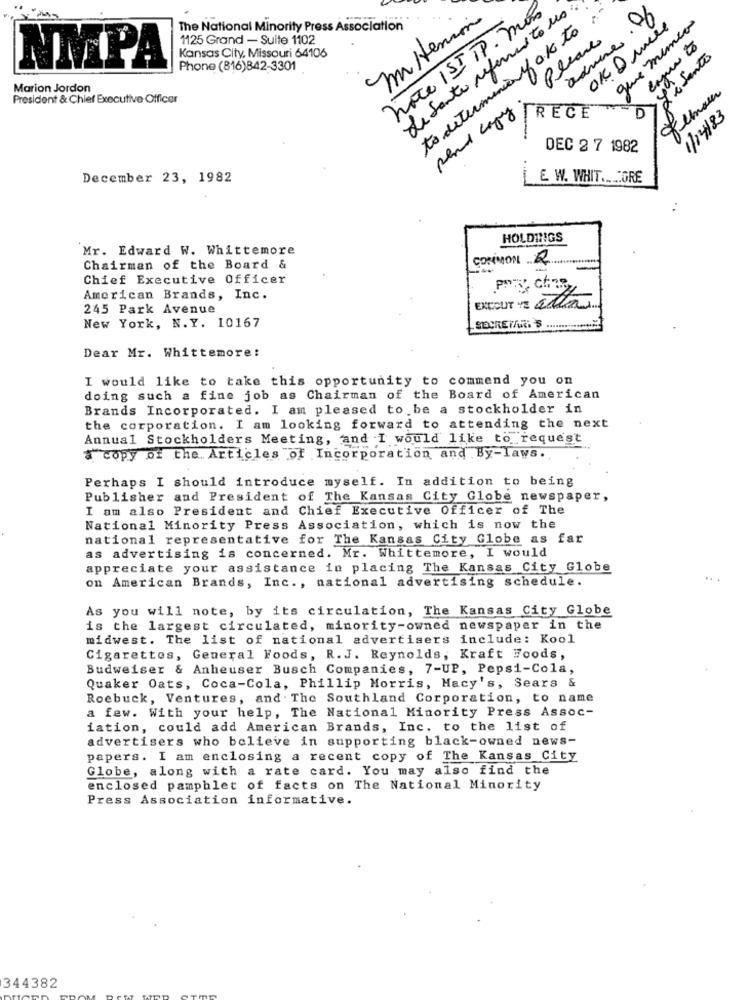
note IST PP. mon
de Santo refermuito us
que mimeo
The National Minority Press Association
misenione
to determinis of ok to
OK Price
1125 Grand - Suite 1102
Please
advise
eager to
NMPA
Kansas City, Missouri 64106
Le Santos
Phone (816)842-3301
Marion Jordon
President & Chief Executive Officer
01
RECE
1/14/83
DEC 2 7 1982
December 23, 1982
E W. WHIT .... GRE
HOLDINGS
Mr. Edward W. Whittemore
COMMON 2
Chairman of the Board &
Chief Executive Officer
American Brands, Inc.
245 Park Avenue
EXECUT YE aaa
New York, N. Y. 10167
SECRET/UE S
Dear Mr. Whittemore:
I would like to take this opportunity to commend you on
doing such a fine job as Chairman of the Board of American
Brands Incorporated. I am pleased to be a stockholder in
the corporation. I am looking forward to attending the next
Annual Stockholders Meeting, and I would like to request
a copy of the Articles of Incorporation and By-laws.
Perhaps I should introduce myself. In addition to being
Publisher and President of The Kansas City Globe newspaper,
I am also President and Chief Executive Officer of The
National Minority Press Association, which is now the
national representative for The Kansas City Globe as far
as advertising is concerned. Mr. Whittemore, I would
appreciate your assistance in placing The Kansas City Globe
on American Brands, Inc ., national advertising schedule.
As you will note, by its circulation, The Kansas City Globe
is the largest circulated, minority-owned newspaper in the
midwest. The list of national advertisers
include: Kool
Cigarettes, General Foods, R. J. Reynolds, Kraft Foods,
Budweiser & Anheuser Busch Companies, 7-UP, Pepsi-Cola,
Quaker Oats, Coca-Cola, Phillip Morris, Macy's, Sears &
Roebuck, Ventures, and . The Southland Corporation, to name
a few. With your help, The National Minority Press Assoc-
iation, could add American Brands, Inc. to the list of
advertisers who believe in supporting black-owned news-
papers. I am enclosing a recent copy of The Kansas City
Globe, along with a rate card. You may also find the
enclosed pamphlet of facts on The National Minority
Press Association informative.
344382